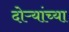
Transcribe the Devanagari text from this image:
दोऱ्यांच्या